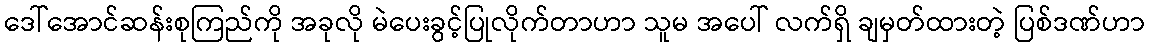
ဒေါ်အောင်ဆန်းစုကြည်ကို အခုလို မဲပေးခွင့်ပြုလိုက်တာဟာ သူမ အပေါ် လက်ရှိ ချမှတ်ထားတဲ့ ပြစ်ဒဏ်ဟာ